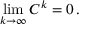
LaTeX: \operatorname* { l i m } _ { k \rightarrow \infty } C ^ { k } = 0 \, .